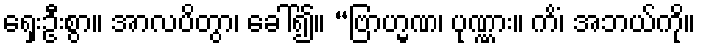
ရှေးဦးစွာ။ အာလပိတွာ၊ ခေါ်၍။ “ဗြာဟ္မဏ၊ ပုဏ္ဏား။ ကိံ၊ အဘယ်ကို။